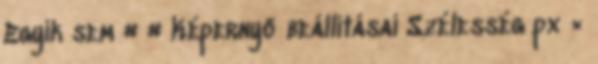
Egyik sem # # Képernyő beállításai Szélesség px ×